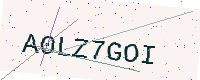
Text: A0LZ7GOI